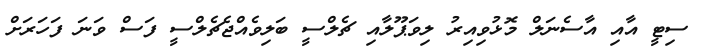
ސިޓީ އާއި އާސެނަލް މޮޅުވިއިރު ލިވަޕޫލާއި ޗެލްސީ ބަލިވެއްޖެޗެލްސީ ފަސް ވަނަ ފަހަރަށް